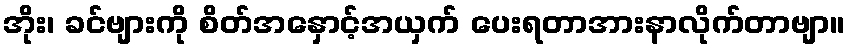
အိုး၊ ခင်ဗျားကို စိတ်အနှောင့်အယှက် ပေးရတာအားနာလိုက်တာဗျာ။